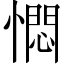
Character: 㦖